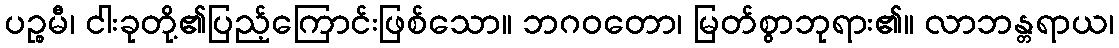
ပဉ္စမီ၊ ငါးခုတို့၏ပြည့်ကြောင်းဖြစ်သော။ ဘဂဝတော၊ မြတ်စွာဘုရား၏။ လာဘန္တရာယ၊